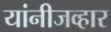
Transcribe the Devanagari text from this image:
यांनीजव्हार